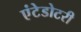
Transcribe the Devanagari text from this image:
एंटेडोटरी